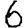
Digit: 6